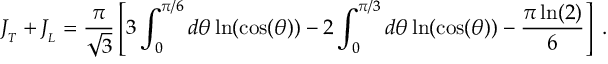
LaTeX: J _ { _ { T } } + J _ { _ { L } } = { \frac { \pi } { \sqrt { 3 } } } \left[ 3 \int _ { 0 } ^ { \pi / 6 } d \theta \ln ( \cos ( \theta ) ) - 2 \int _ { 0 } ^ { \pi / 3 } d \theta \ln ( \cos ( \theta ) ) - { \frac { \pi \ln ( 2 ) } { 6 } } \right] \; .